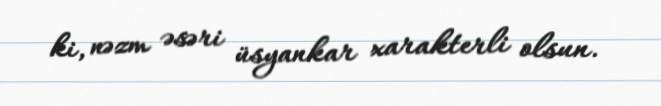
ki, nəzm əsəri üsyankar xarakterli olsun.